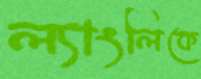
ল্যাংলিকে